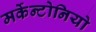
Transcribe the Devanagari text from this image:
मर्केन्टोनियो